Annual administration report of the Civil Veterinary Department of India - 1893-1894
Year: 1893
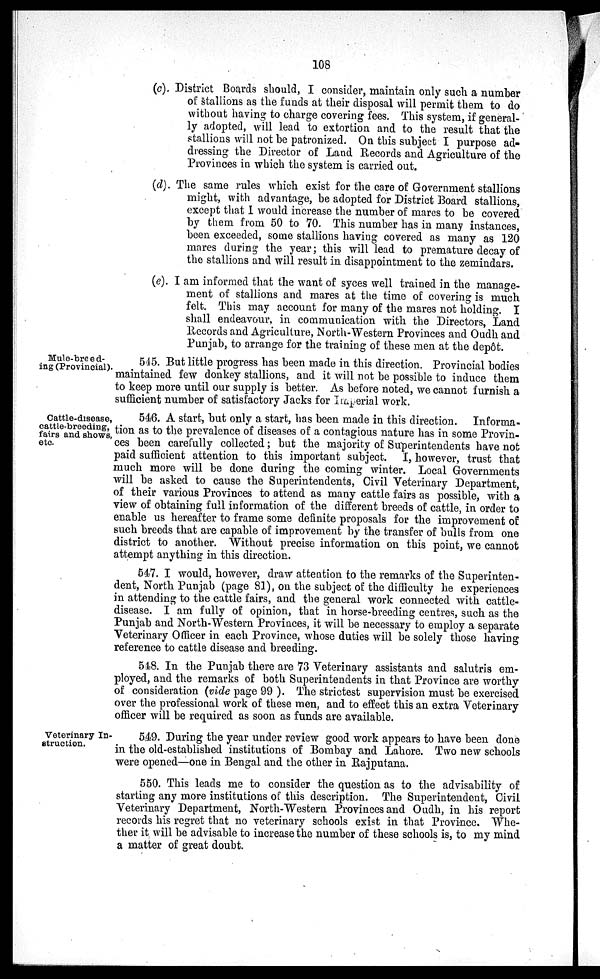
108
(c). District Boards should, I consider, maintain only such a number
of stallions as the funds at their disposal will permit them to do
without having to charge covering fees. This system, if general-
ly adopted, will lead to extortion and to the result that the
stallions will not be patronized. On this subject I purpose ad-
dressing the Director of Land Records and Agriculture of the
Provinces in which the system is carried out.
(d). The same rules which exist for the care of Government stallions
might, with advantage, be adopted for District Board stallions,
except that I would increase the number of mares to be covered
by them from 50 to 70. This number has in many instances,
been exceeded, some stallions having covered as many as 120
mares during the year; this will lead to premature decay of
the stallions and will result in disappointment to the zemindars.
(e). I am informed that the want of syces well trained in the manage-
ment of stallions and mares at the time of covering is much
felt. This may account for many of the mares not holding. I
shall endeavour, in communication with the Directors, Land
Records and Agriculture, North-Western Provinces and Oudh and
Punjab, to arrange for the training of these men at the depôt.
Mule-breed-
ing (Provincial).
545. But little progress has been made in this direction. Provincial bodies
maintained few donkey stallions, and it will not be possible to induce them
to keep more until our supply is better. As before noted, we cannot furnish a
sufficient number of satisfactory Jacks for Imperial work.
Cattle-disease,
cattle-breeding,
fairs and shows,
etc.
546. A start, but only a start, has been made in this direction. Informa-
tion as to the prevalence of diseases of a contagious nature has in some Provin-
ces been carefully collected; but the majority of Superintendents have not
paid sufficient attention to this important subject. I, however, trust that
much more will be done during the coming winter. Local Governments
will be asked to cause the Superintendents, Civil Veterinary Department,
of their various Provinces to attend as many cattle fairs as possible, with a
view of obtaining full information of the different breeds of cattle, in order to
enable us hereafter to frame some definite proposals for the improvement of
such breeds that are capable of improvement by the transfer of bulls from one
district to another. Without precise information on this point, we cannot
attempt anything in this direction.
547. I would, however, draw attention to the remarks of the Superinten-
dent, North Punjab (page 81), on the subject of the difficulty he experiences
in attending to the cattle fairs, and the general work connected with cattle-
disease. I am fully of opinion, that in horse-breeding centres, such as the
Punjab and North-Western Provinces, it will be necessary to employ a separate
Veterinary Officer in each Province, whose duties will be solely those having
reference to cattle disease and breeding.
548. In the Punjab there are 73 Veterinary assistants and salutris em-
ployed, and the remarks of both Superintendents in that Province are worthy
of consideration (vide page 99). The strictest supervision must be exercised
over the professional work of these men, and to effect this an extra Veterinary
officer will be required as soon as funds are available.
Veterinary In-
struction.
549. During the year under review good work appears to have been done
in the old-established institutions of Bombay and Lahore. Two new schools
were opened—one in Bengal and the other in Rajputana.
550. This leads me to consider the question as to the advisability of
starting any more institutions of this description. The Superintendent, Civil
Veterinary Department, North-Western Provinces and Oudh, in his report
records his regret that no veterinary schools exist in that Province, Whe-
ther it will be advisable to increase the number of these schools is, to my mind
a matter of great doubt.